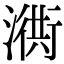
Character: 𣽣